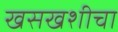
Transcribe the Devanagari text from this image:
खसखशीचा